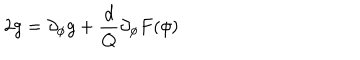
2 g = \partial _ { \phi } g + { \frac { d } { Q } } \partial _ { \phi } F ( \phi )